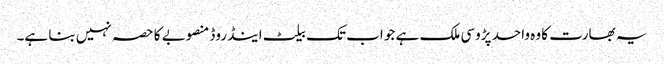
یہ بھارت کا وہ واحد پڑوسی ملک ہے جو اب تک بیلٹ اینڈ روڈ منصوبے کا حصہ نہیں بنا ہے۔